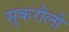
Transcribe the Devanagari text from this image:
सुकरौली